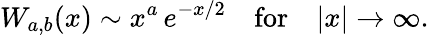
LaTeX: W_{a,b}(x)\sim x^{a}\, e^{-x/2}~~~~\mathrm{for}~~~~|x|\rightarrow\infty.